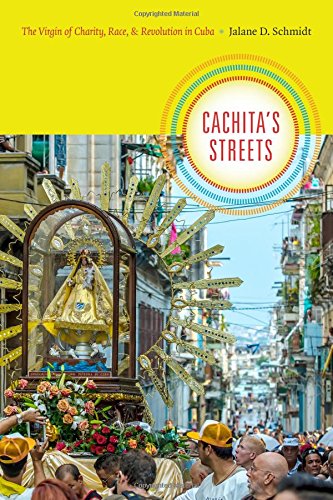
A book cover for Cachita's Streets: The Virgin of Charity, Race, and Revolution in Cuba (Religious Cultures of African and African Diaspora People); Jalane D. Schmidt; History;